Indian journal of veterinary science and animal husbandry - Volume 3,
Year: 1933
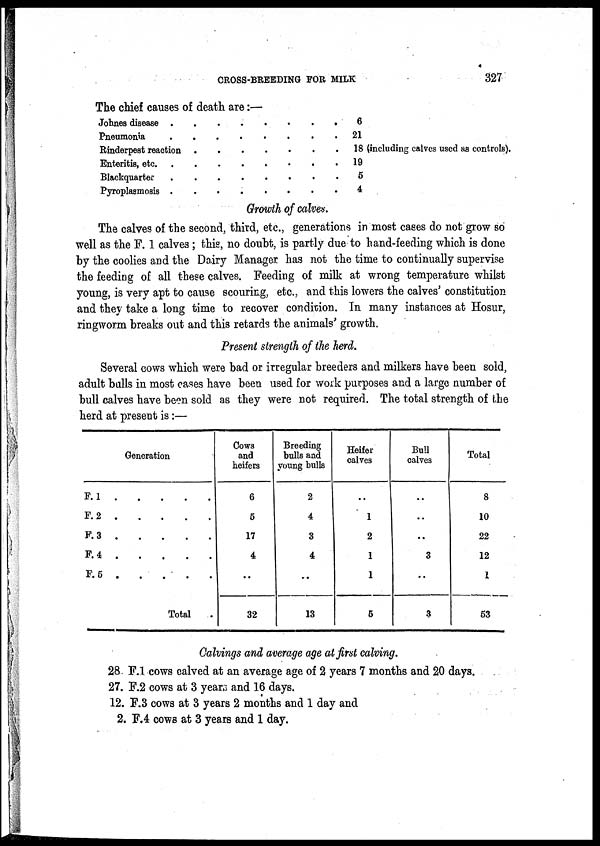
CROSS-BREEDING FOR MILK
327
The chief causes of death are :—
Johnes disease
Pneumonia
Rinderpest reaction
Enteritis,etc.
Blackquarter
Pyroplasmosis .
.
.
.
.
.
.
.
.
.
.
.
.
.
.
.
.
.
.
.
.
.
.
.
.
.
.
.
.
.
.
.
.
.
.
.
.
.
.
.
.
.
.
6
21
18 (including calves used as controls).
19
5
4
Growth of calves.
The calves of the second, third, etc., generations in most cases do not grow so
well as the F. 1 calves; this, no doubt, is partly due to hand-feeding which is done
by the coolies and the Dairy Manager has not the time to continually supervise
the feeding of all these calves. Feeding of milk at wrong temperature whilst
young, is very apt to cause scouring, etc., and this lowers the calves' constitution
and they take a long time to recover condition. In many instances at Hosur,
ringworm breaks out and this retards the animals' growth.
Present strength of the herd.
Several cows which were bad or irregular breeders and milkers have been sold,
adult balls in most cases have been used for work purposes and a large number of
bull calves have been sold as they were not required. The total strength of the
herd at present is:—
F.1
.
F. 2 .
F. 3 .
F.4 .
F.5 .
Generation
....
....
....
....
....
Total
Cows
and
heifers
6
5
17
4
..
32
Breeding
bulls and
young bulls
2
4
3
4
..
13
Heifer
calves
..
1
2
1
1
5
Bull
calves
..
..
..
3
..
3
Total
8
10
22
12
1
53
Calvings and average age at first calving.
28 F.1 cows calved at an average age of 2 years 7 months and 20 days.
27. F.2 cows at 3 years and 16 days.
12. F.3 cows at 3 years 2 months and 1 day and
2. F.4 cows at 3 years and 1 day.